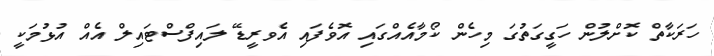
ހަރަކާތް ކޮށްލުން ހަގީގަތުގަ މިހެން ކޯމާއެއްގައި އޮވެފައި އެވރީޑޭ ލައިފްސްޓައިލް އެއް އުޅުމަކީ